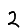
Digit: 2